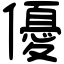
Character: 優